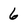
Character: 6